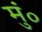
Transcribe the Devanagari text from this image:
मुं०